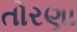
તોરણા